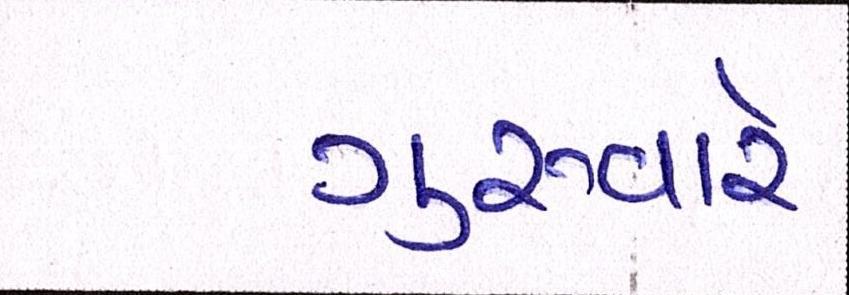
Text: ગુરુવારે